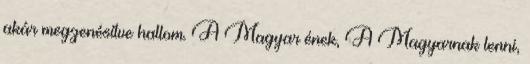
akár megzenésítve hallom. A Magyar ének, A Magyarnak lenni,